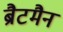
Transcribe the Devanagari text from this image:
ब्रैटमैन